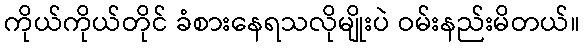
ကိုယ်ကိုယ်တိုင် ခံစားနေရသလိုမျိုးပဲ ဝမ်းနည်းမိတယ်။